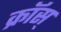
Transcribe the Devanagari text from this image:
क्रॉस्